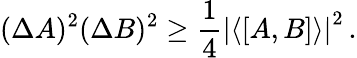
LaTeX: (\Delta A)^{2}(\Delta B)^{2}\ge\frac{1}{4}\left|\langle[A,B]\rangle\right|^{2}\, .